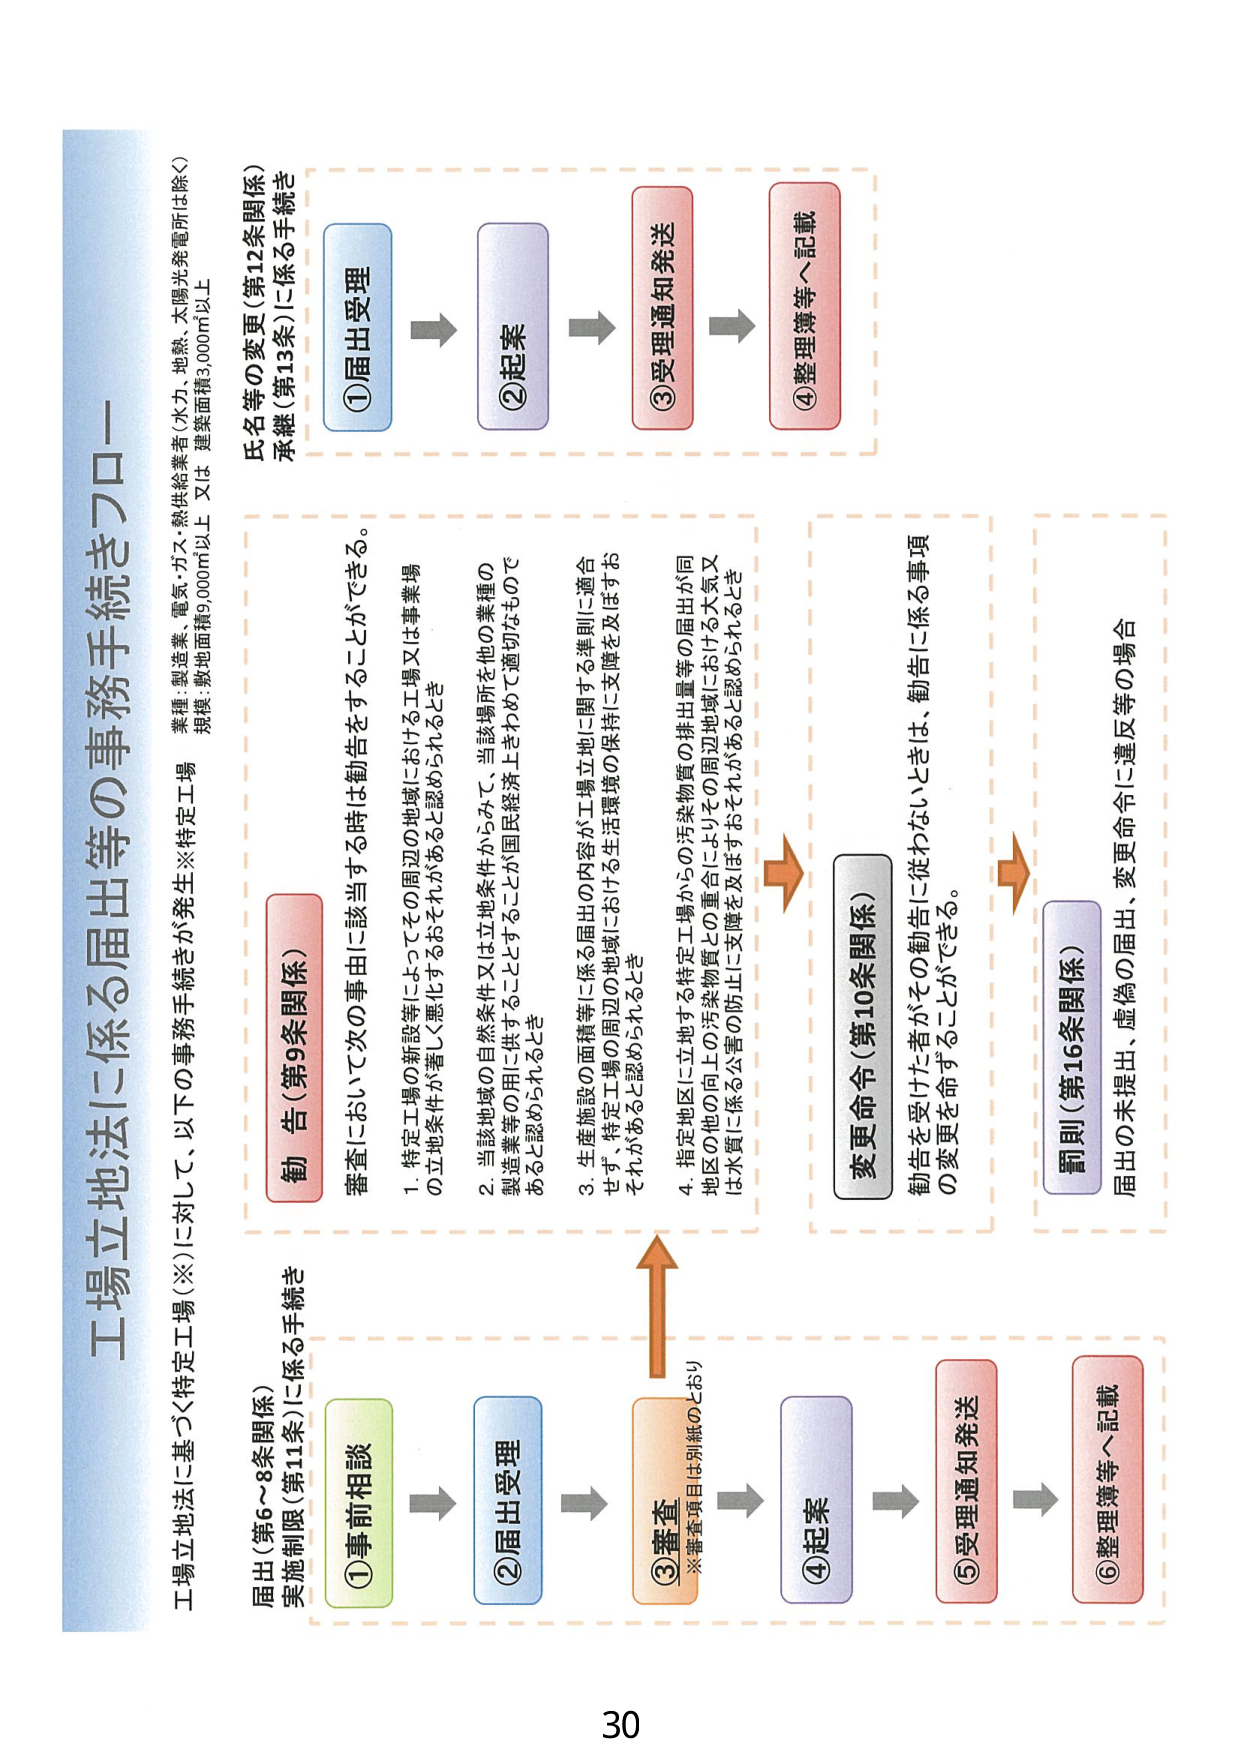
工場立地法に係る届出等の事務手続きフロー

工場立地法に基づく特定工場（※）に対して、以下の事務手続きが発生※特定工場
業種：製造業、電気・ガス・熱供給業者（水力、地熱、太陽光発電所は除く）
規模：敷地面積9,000㎡以上 又は 建築面積3,000㎡以上

届出（第6～8条関係）
実施制限（第11条）に係る手続き
①事前相談 → ②届出受理 → ③審査 → ④起案 → ⑤受理通知発送 → ⑥整理簿等へ記載
※審査項目は別紙のとおり

勧告（第9条関係）
審査において次の事由に該当する時は勧告をすることができる。
1. 特定工場の新設等によってその周辺の地域における工場又は事業場の立地条件が著しく悪化するおそれがあると認められるとき
2. 当該地域の自然条件又は立地条件からみて、当該場所を他の業種の製造業等の用に供することとすることが国民経済上きわめて適切なものであると認められるとき
3. 生産施設の面積等に係る届出の内容が工場立地に関する準則に適合せず、特定工場の周辺の地域における生活環境の保持に支障を及ぼすおそれがあると認められるとき
4. 指定地区に立地する特定工場からの汚染物質の排出量等の届出が同地区の他の向上の汚染物質との重合によりその周辺地域における大気又は水質に係る公害の防止に支障を及ぼすおそれがあると認められるとき

変更命令（第10条関係）
勧告を受けた者がその勧告に従わないときは、勧告に係る事項の変更を命ずることができる。

罰則（第16条関係）
届出の未提出、虚偽の届出、変更命令に違反等の場合

氏名等の変更（第12条関係）
承継（第13条）に係る手続き
①届出受理 → ②起案 → ③受理通知発送 → ④整理簿等へ記載

30